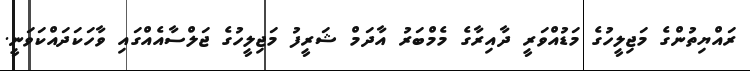
ރައްޔިތުންގެ މަޖިލީހުގެ މަޑުއްވަރީ ދާއިރާގެ މެމްބަރު އާދަމް ޝަރީފު މަޖިލީހުގެ ޖަލްސާއެއްގައި ވާހަކަދައްކަވަނީ.